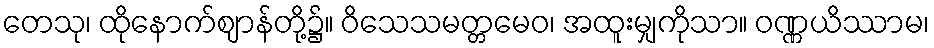
တေသု၊ ထိုနောက်ဈာန်တို့၌။ ဝိသေသမတ္တမေဝ၊ အထူးမျှကိုသာ။ ဝဏ္ဏယိဿာမ၊